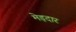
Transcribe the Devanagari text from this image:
मेड़दार